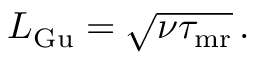
\begin{array} { r } { L _ { \mathrm { G u } } = \sqrt { { \nu } \tau _ { \mathrm { m r } } } \, . } \end{array}